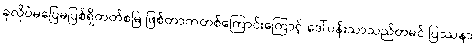
ခုလိုပဲမပြေမပြစ်ရှိတတ်စမြဲ ဖြစ်တာကတစ်ကြောင်းကြောင့် ဒေါ်ပန်းသာသည်တမင် ပြဿနာ